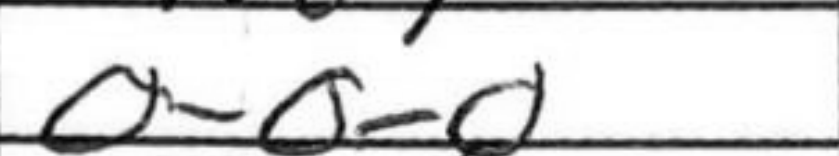
Transcription: O-O-O